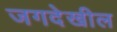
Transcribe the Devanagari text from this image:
जगदेखील